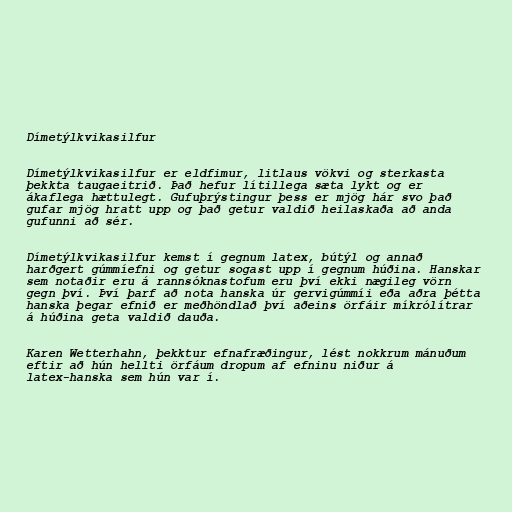
Dímetýlkvikasilfur

Dímetýlkvikasilfur er eldfimur, litlaus vökvi og sterkasta
þekkta taugaeitrið. Það hefur lítillega sæta lykt og er
ákaflega hættulegt. Gufuþrýstingur þess er mjög hár svo það
gufar mjög hratt upp og það getur valdið heilaskaða að anda
gufunni að sér.

Dímetýlkvikasilfur kemst í gegnum latex, bútýl og annað
harðgert gúmmíefni og getur sogast upp í gegnum húðina. Hanskar
sem notaðir eru á rannsóknastofum eru því ekki nægileg vörn
gegn því. Því þarf að nota hanska úr gervigúmmíi eða aðra þétta
hanska þegar efnið er meðhöndlað því aðeins örfáir míkrólítrar
á húðina geta valdið dauða.

Karen Wetterhahn, þekktur efnafræðingur, lést nokkrum mánuðum
eftir að hún hellti örfáum dropum af efninu niður á
latex-hanska sem hún var í.